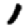
Digit: 1